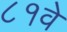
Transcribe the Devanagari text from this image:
८१वे